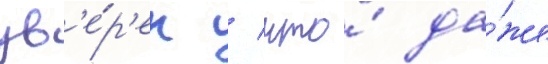
ув'е́р'ен / что́ да́же